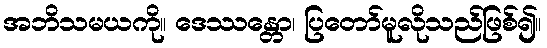
အဘိသမယကို။ ဒေဿန္တော၊ ပြတော်မူလိုသည်ဖြစ်၍။